Leaving Certificate, 1899
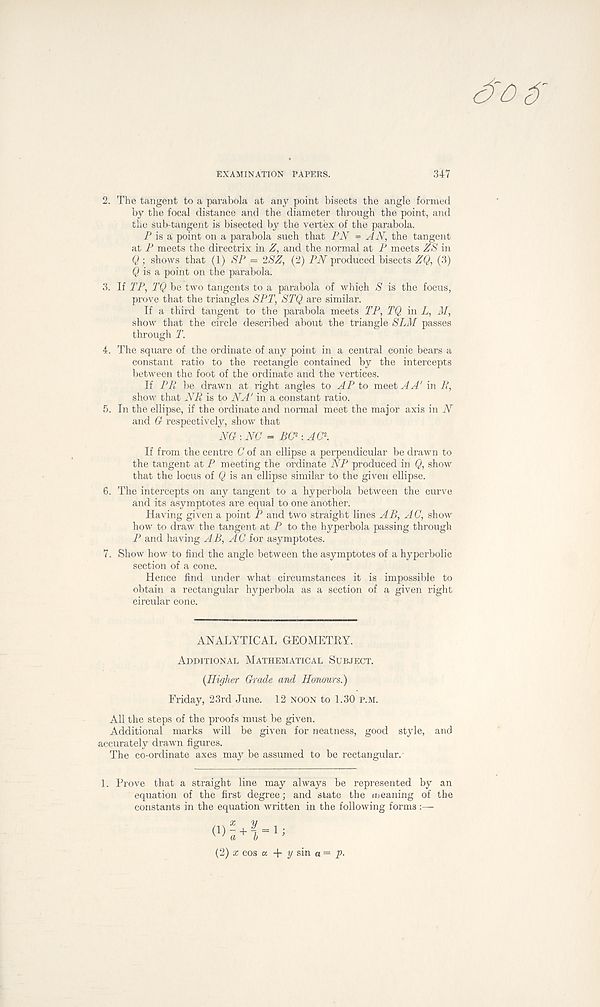
EXAMINATION PAPERS.
.347
2. The tangent to a parabola at any point bisects the angle formed
by the focal distance and the diameter through the point, and
the sub-tangent is bisected by the vertex of the parabola.
P is a point on a parabola such that PN = AN, the tangent
at P meets the directrix in Z, and the normal at P meets ZS in
Q; shows that (1) SP = 2SZ, (2) PN produced bisects ZQ, (3)
$ is a point on the parabola.
3. If TP, TQ be two tangents to a parabola of which S is the focus,
prove that the triangles SP1\ STQ are similar.
If a third tangent to the parabola meets TP, TQ in L, M,
show that the circle described about the triangle SLM passes
through T.
4. The square of the ordinate of any point in a central conic bears a
constant ratio to the rectangle contained by the intercepts
between the foot of the ordinate and the vertices.
If PPl be drawn at right angles to AP to meet A A' in B,
show that NR is to NA' in a constant ratio.
5. In the ellipse, if the ordinate and normal meet the major axis in N
and G respectively, show that
NG : NO = BO 1 : AC\
If from the centre C of an ellipse a perpendicular be drawn to
the tangent at P meeting the ordinate NP produced in Q, show
that the locus of Q is an ellipse similar to the given ellipse.
6. The intercepts on any tangent to a hyperbola between the curve
and its asymptotes are equal to one another.
Having given a point P and two straight lines AB, AC, show
how to draw the tangent at P to the hyperbola passing through
P and having AB, AC for asymptotes.
7. Show how to find the angle between the asymptotes of a hyperbolic
section of a cone.
Hence find under what circumstances it is impossible to
obtain a rectangular hyperbola as a section of a given right
circular cone.
ANALYTICAL GEOMETRY.
Additional Mathematical Subject.
{Higher Grade wad Honours.)
Friday, 23rd June. 12 noon to 1.30 p.m.
All the steps of the proofs must be given.
Additional marks will be given for neatness, good style, and
accurately drawn figures.
The co-ordinate axes may be assumed to be rectangular.
1. Prove that a straight line may always be represented by an
equation of the first degree; and state the meaning of the
constants in the equation written in the following forms :—
(1)
(2) x cos a + y sin a = p.